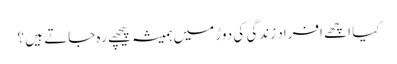
کیا اچھے افراد زندگی کی دوڑ میں ہمیشہ پیچھے رہ جاتے ہیں ؟